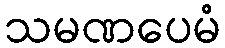
သမဏပေမံ